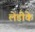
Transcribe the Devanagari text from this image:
लेडीके